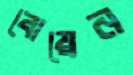
বোয়েন